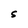
Character: S